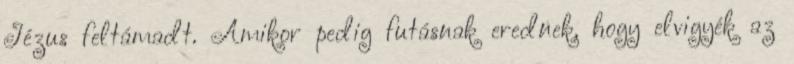
Jézus feltámadt. Amikor pedig futásnak erednek, hogy elvigyék az